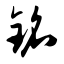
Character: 铭